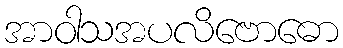
အာဝါသအပလိဗောဓော